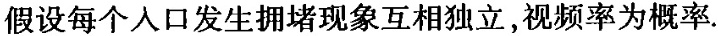
假设每个人口发生拥堵现象互相独立，视频率为概率.